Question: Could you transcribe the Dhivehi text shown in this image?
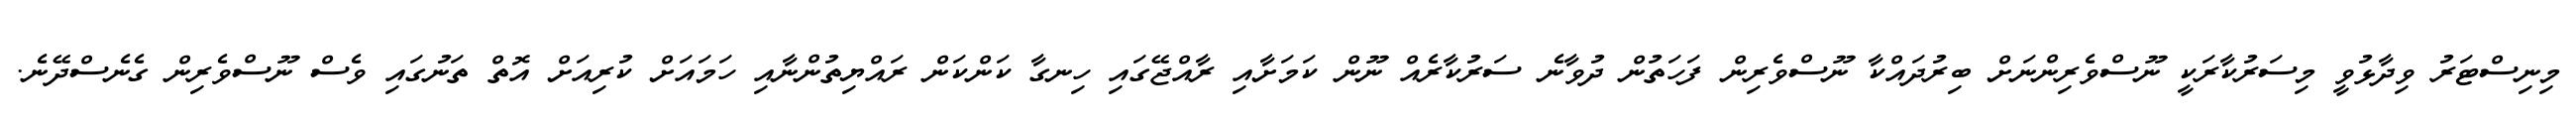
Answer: މިނިސްޓަރު ވިދާޅުވީ މިސަރުކާރަކީ ނޫސްވެރިންނަށް ބިރުދައްކާ ނޫސްވެރިން ފަހަތުން ދުވާނެ ސަރުކާރެއް ނޫން ކަމަށާއި ރާއްޖޭގައި ހިނގާ ކަންކަން ރައްޔިތުންނާއި ހަމައަށް ކުރިއަށް އޮތް ތަނުގައި ވެސް ނޫސްވެރިން ގެނެސްދޭނެ.